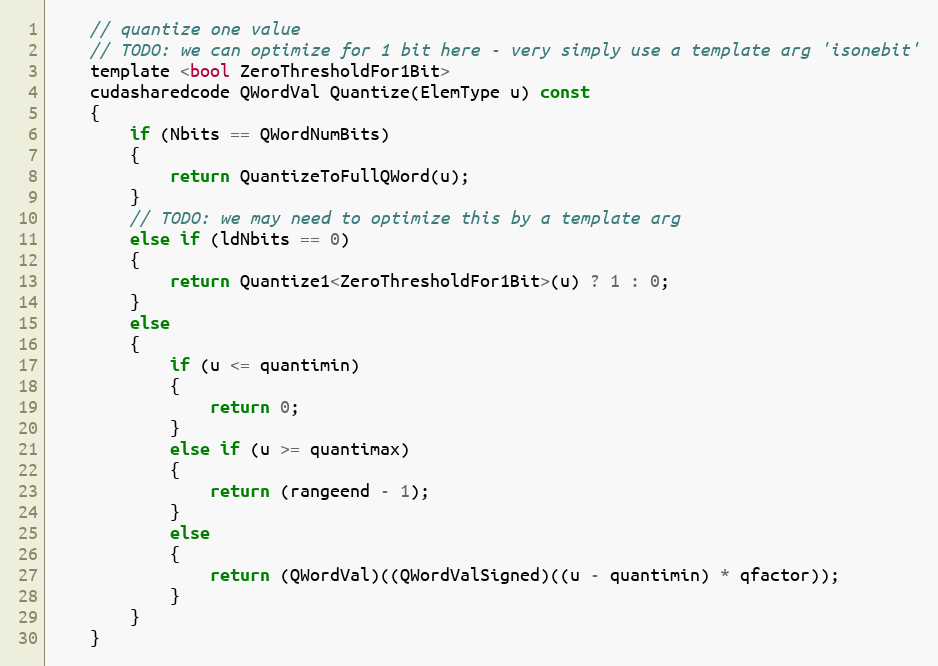
Language: C
    // quantize one value
    // TODO: we can optimize for 1 bit here - very simply use a template arg 'isonebit'
    template <bool ZeroThresholdFor1Bit>
    cudasharedcode QWordVal Quantize(ElemType u) const
    {
        if (Nbits == QWordNumBits)
        {
            return QuantizeToFullQWord(u);
        }
        // TODO: we may need to optimize this by a template arg
        else if (ldNbits == 0)
        {
            return Quantize1<ZeroThresholdFor1Bit>(u) ? 1 : 0;
        }
        else
        {
            if (u <= quantimin)
            {
                return 0;
            }
            else if (u >= quantimax)
            {
                return (rangeend - 1);
            }
            else
            {
                return (QWordVal)((QWordValSigned)((u - quantimin) * qfactor));
            }
        }
    }